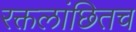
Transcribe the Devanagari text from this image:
रक्तलांछितच